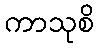
ကာသုစိ